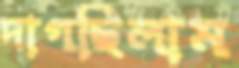
দাগছিলাম